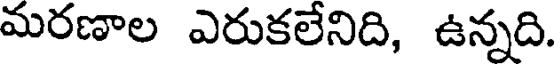
మరణాల ఎరుకలేనిది, ఉన్నది.